system: You are a helpful assistant.
user:
Analyze the provided spectrum to determine if it is a **M-type Giant (gM)**.

A M-type Giant spectrum is defined by its **strong molecular absorption** features, particularly from **Titanium Oxide (TiO)**. You must check for one of the following mutually exclusive signatures:

- **Key Visual Indicators (Absorption-Dominated Spectrum):**

    - **(Primary):** The spectrum is dominated by strong molecular absorption from **Titanium Oxide (TiO)**. This is the **defining feature** of its M-type temperature class.
        - **(Key Bandheads):** Look for sharp, "saw-tooth" absorption valleys. The strongest are located near **~7050 Å**, **~6160 Å**, and **~5170 Å**.
        - **(Line Profile):** The "saw-tooth" morphology is critical: a **sharp, steep drop on the BLUE (short-wavelength) side** of the bandhead, followed by a gradual recovery (rising flux) towards the RED (long-wavelength) side.

    - **(Key Confirmation - Giant vs. Dwarf):** **ABSENCE** of strong **Calcium Hydride (CaH)** molecular bands. This is the primary diagnostic for *excluding* M-dwarfs.
        - **(Key Region):** The spectrum should lack the strong, broad absorption band seen in dwarfs between **~6800 Å and ~7000 Å**.

    - **(Secondary Confirmation - Giant):** A very strong and broad **Neutral Calcium (Ca I)** atomic absorption line.
        - **(Key Line):** Located at **~4226 Å**. In a giant (gM), this line is significantly deeper and broader than the same line in an M-dwarf (dM) due to low surface gravity.

    - **(Overall Spectrum):**
        - The continuum is **extremely red-sloping** (i.e., flux is very low in the blue and rises dramatically towards the red).
        - The entire spectrum appears "chopped up" by the deep TiO bands.

Think first, call **spectral_visualization_tool** if needed to examine features in detail, then provide your final answer. Your response must adhere to the following strict rules:
1.  **Overall Structure:** Your response must follow the format `<think>...</think> <tool_call>...</tool_call> (if a tool is used) <answer>...</answer>`.
2.  **Tool Usage Constraint:** You may only make **one** tool call per turn.
3.  **Final Answer Format:** In the `<answer>` tag, your conclusion must be inside a `\boxed{}` command (e.g., `\boxed{YES}` or `\boxed{NO}`), followed by your justification.

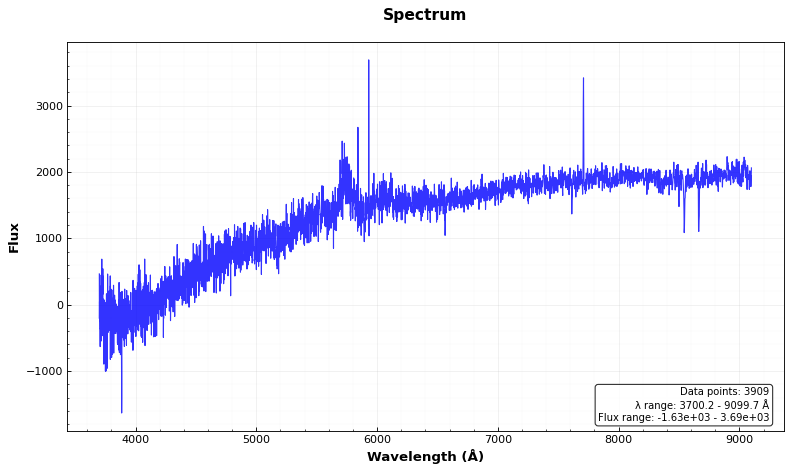
Answer: NO